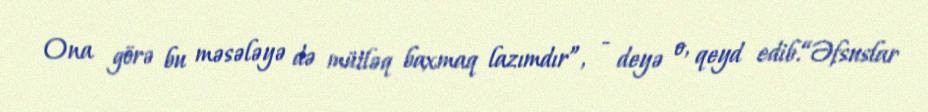
Ona görə bu məsələyə də mütləq baxmaq lazımdır”, - deyə o, qeyd edib.“Əfsuslar